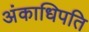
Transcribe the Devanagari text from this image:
अंकाधिपति